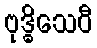
ဗုဒ္ဓိသေဝီ